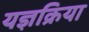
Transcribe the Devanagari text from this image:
यज्ञक्रिया